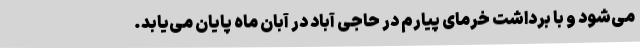
می‌شود و با برداشت خرمای پیارم در حاجی آباد در آبان ماه پایان می‌یابد.